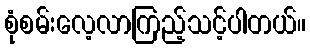
စုံစမ်းလေ့လာကြည့်သင့်ပါတယ်။